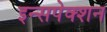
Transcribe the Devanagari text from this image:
इन्सपेक्शन